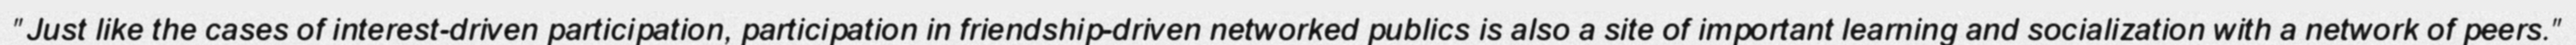
"Just like the cases of interest-driven participation, participation in friendship-driven networked publics is also a site of important learning and socialization with a network of peers."